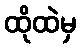
ထိုထဲမှ